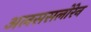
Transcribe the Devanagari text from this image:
अलससलोरेन